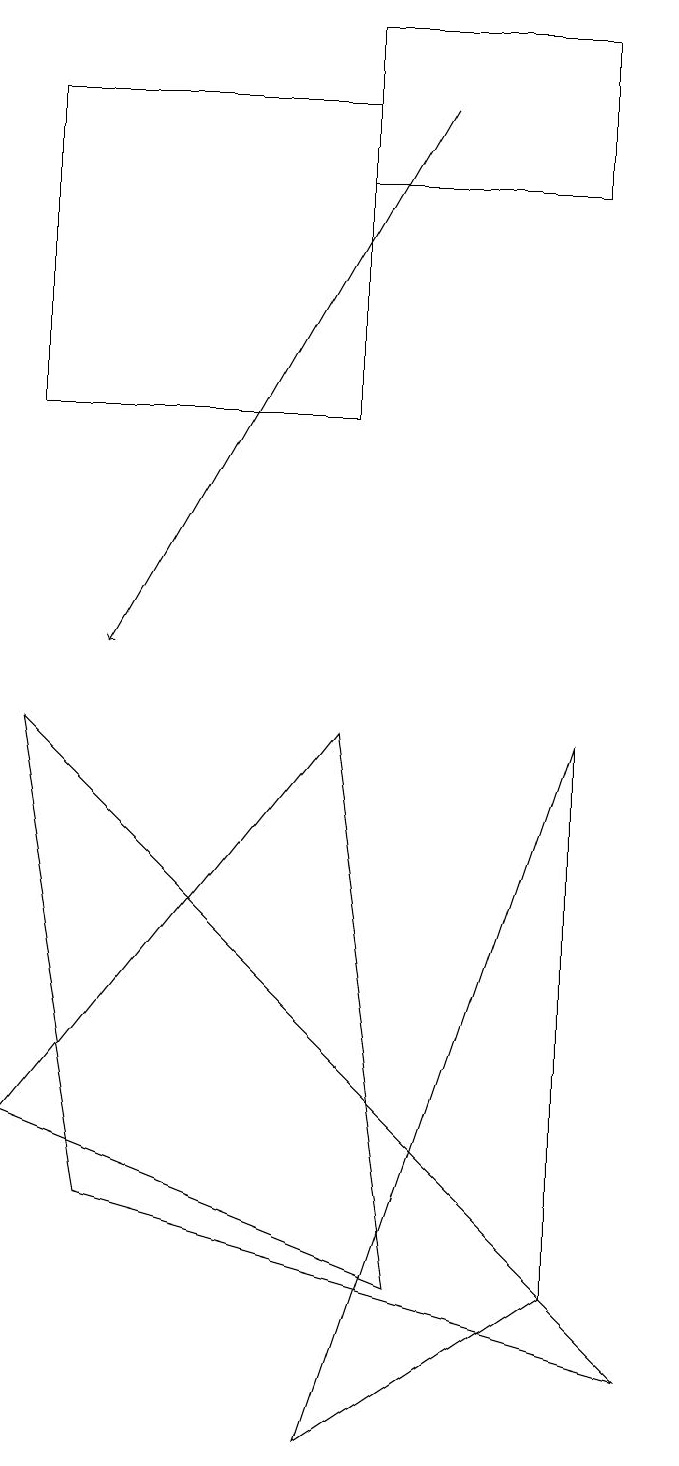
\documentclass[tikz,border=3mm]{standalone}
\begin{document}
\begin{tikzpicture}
\draw (1,17) rectangle (5,13);
\draw[->] (6,17) -- (2,10);
\draw (9,1) -- (2,3) -- (1,9) -- cycle;
\draw (1,4) -- (5,9) -- (6,2) -- cycle;
\draw (8,2) -- (8,9) -- (5,0) -- cycle;
\draw (8,16) rectangle (5,18);
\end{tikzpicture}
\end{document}